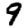
Digit: 9